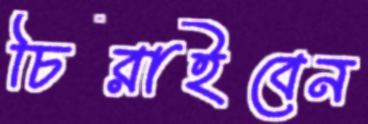
চিরাইবেন